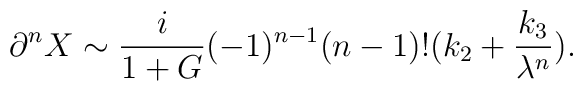
\partial ^{n}X\sim \frac{i}{1+G}(-1)^{n-1}(n-1)!(k_{2}+\frac{k_{3}}{\lambda^{n}}).